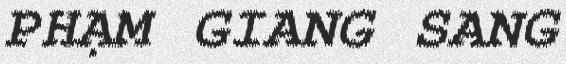
PHẠM GIANG SANG